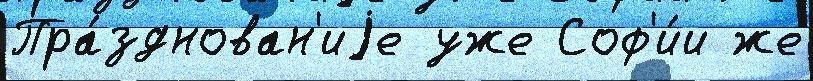
Пра́зднован'иjе уже Соф'и́и же